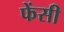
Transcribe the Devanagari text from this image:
फेंसी